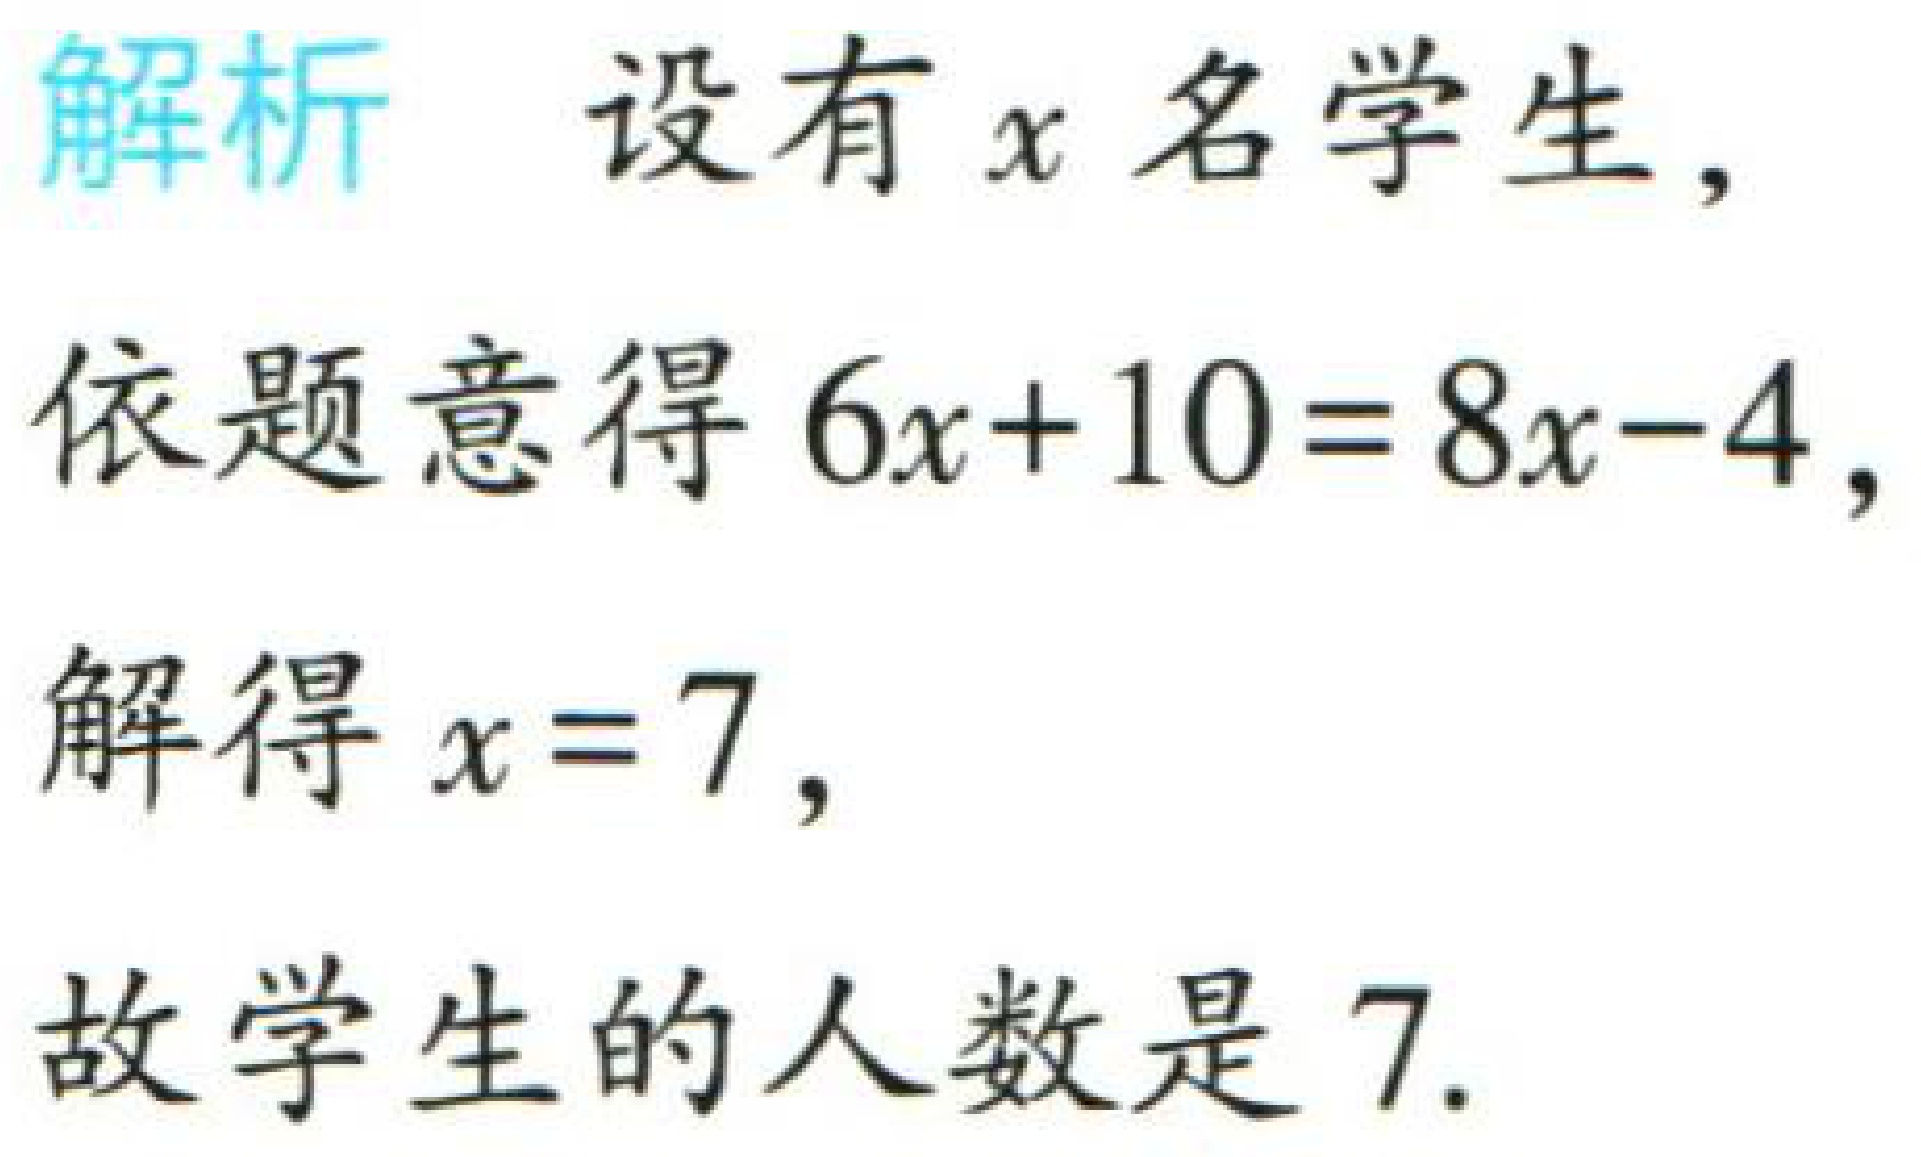
解析 设有\(x\)名学生,

依题意得\(6x + 10 = 8x - 4\),

解得\(x = 7\),

故学生的人数是\(7\).